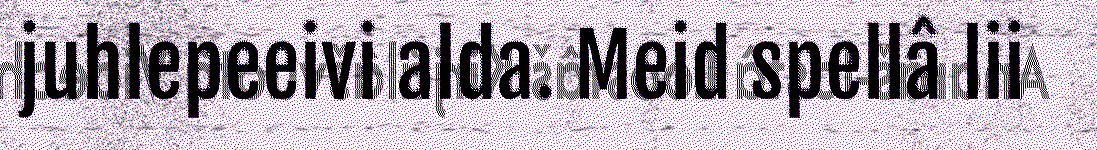
juhlepeeivi alda. Meid spellâ lii